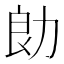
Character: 勆